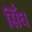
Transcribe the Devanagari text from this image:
सिँघ